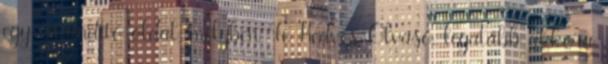
egy vitaindító oldal, melyben Te Kedves Olvasó, legalább akkora